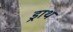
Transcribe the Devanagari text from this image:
ड्राथ